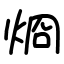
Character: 烱